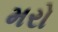
મરો